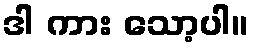
ဒါ ကား သော့ပါ။